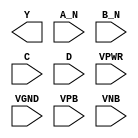
module sky130_fd_sc_hdll__nand4bb (
    Y   ,
    A_N ,
    B_N ,
    C   ,
    D   ,
    VPWR,
    VGND,
    VPB ,
    VNB
);

    output Y   ;
    input  A_N ;
    input  B_N ;
    input  C   ;
    input  D   ;
    input  VPWR;
    input  VGND;
    input  VPB ;
    input  VNB ;
endmodule